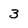
Character: 3